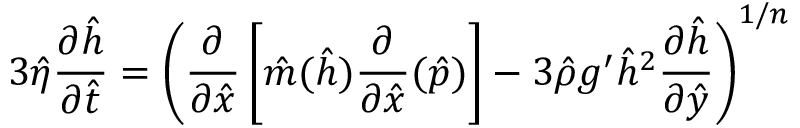
3 \hat { \eta } \frac { \partial \hat { h } } { \partial \hat { t } } = \left( \frac { \partial } { \partial \hat { x } } \left[ \hat { m } ( \hat { h } ) \frac { \partial } { \partial \hat { x } } ( \hat { p } ) \right] - 3 \hat { \rho } g ^ { \prime } \hat { h } ^ { 2 } \frac { \partial \hat { h } } { \partial \hat { y } } \right) ^ { 1 / n }